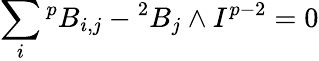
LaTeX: \sum_{i}{^{p}B_{i,j}}-{}^{2}B_{j}\wedge I^{p-2}=0